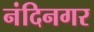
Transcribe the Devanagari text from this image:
नंदिनगर